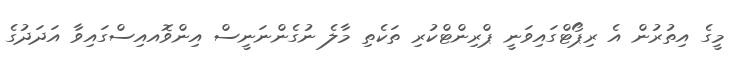
މީގެ އިތުރުން އެ ރިޕޯޓްގައިވަނީ ޕްރިންޓްކުރި ތަކެތި މާލެ ނުގެންނަނީސް އިންވޮއއިސްގައިވާ އަދަދުގެ